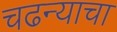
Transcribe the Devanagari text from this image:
चढन्याचा